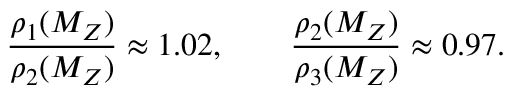
\frac { \rho _ { 1 } ( M _ { Z } ) } { \rho _ { 2 } ( M _ { Z } ) } \approx 1 . 0 2 , \qquad \frac { \rho _ { 2 } ( M _ { Z } ) } { \rho _ { 3 } ( M _ { Z } ) } \approx 0 . 9 7 .